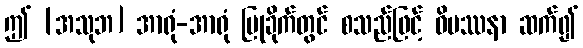
ဤ [အသုဘ] အာရုံ-အာရုံ ပြုခိုက်တွင် စသည်ဖြင့် ဝိပဿနာ ဆက်၍